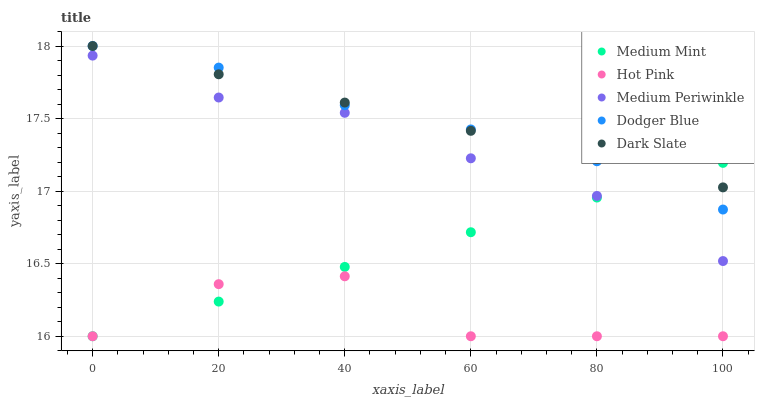
| xaxis_label | Medium Mint | Hot Pink | Medium Periwinkle | Dodger Blue | Dark Slate |
 | --- | --- | --- | --- | --- | --- |
 | 0 | 16 | 16 | 17.9 | 18 | 18 |
 | 20 | 16.2 | 16.4 | 17.6 | 17.9 | 17.8 |
 | 40 | 16.5 | 16.4 | 17.5 | 17.6 | 17.6 |
 | 60 | 16.7 | 16 | 17.2 | 17.4 | 17.4 |
 | 80 | 17 | 16 | 17 | 17.2 | 17.2 |
 | 100 | 17.2 | 16 | 16.5 | 16.9 | 17 |